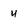
Character: u